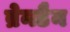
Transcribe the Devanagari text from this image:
ब्रेनडैन